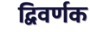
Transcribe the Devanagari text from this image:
द्विवर्णक